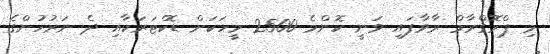
މި ޕްރޮގްރާމް ރާވާފައި ވަނީ ކޮންމެ 2500 މީހަކަށް ޑޮކްޓަރަކާއި ދެ ނަރުހުންގެ